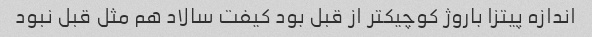
اندازه پیتزا باروژ کوچیکتر از قبل بود کیفت سالاد هم مثل قبل نبود